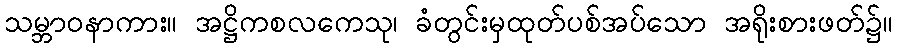
သမ္ဘာဝနာကား။ အဋ္ဌိကစလကေသု၊ ခံတွင်းမှထုတ်ပစ်အပ်သော အရိုးစားဖတ်၌။